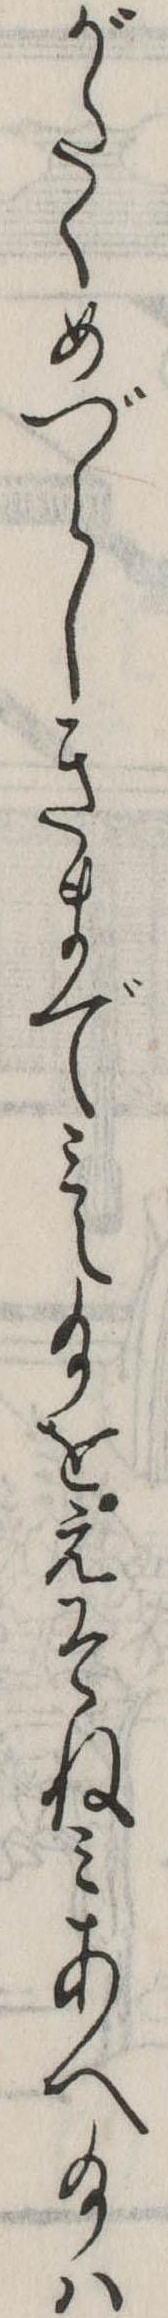
がたくめづらしきまでみえ給をえそねみあへ給は